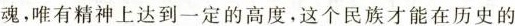
魂，唯有精神上达到一定的高度，这个民族才能在历史的